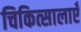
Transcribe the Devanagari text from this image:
चिकित्सालाएँ